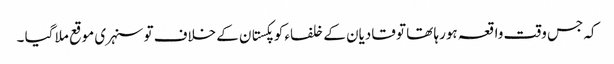
کہ جس وقت واقعہ ہورہا تھا تو قادیان کے خلفاء کو پکستان کے خلاف تو سنہری موقع ملا گیا ۔